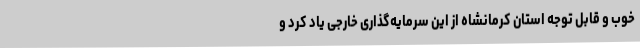
خوب و قابل توجه استان کرمانشاه از این سرمایه‌گذاری خارجی یاد کرد و